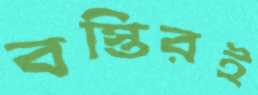
বস্তিরই